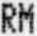
RM